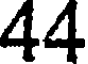
44